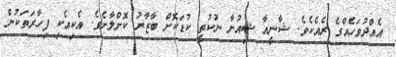
އެއްދުވަހެއްގެ ރެއެކެވެ. ޝާނީއާ ޝިއުނާ ނުކުތީ ކުޑަކޮށް ބާޒާރު ކޮށްލާށެވެ. އެކިއެކި ފިހާރަތަކުން